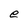
Character: e